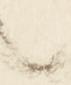
々